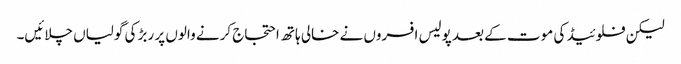
لیکن فلوئیڈ کی موت کے بعد پولیس افسروں نے خالی ہاتھ احتجاج کرنے والوں پر ربڑ کی گولیاں چلائیں۔